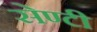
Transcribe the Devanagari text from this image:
सेण्टी